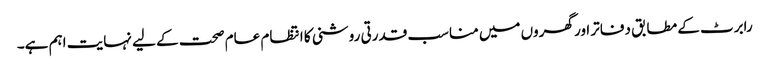
رابرٹ کے مطابق دفاتر اور گھروں میں مناسب قدرتی روشنی کا انتظام عام صحت کے لیے نہایت اہم ہے۔